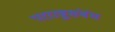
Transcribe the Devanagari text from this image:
परराष्ट्रसंबंध